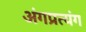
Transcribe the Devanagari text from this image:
अंगप्रत्यंग